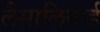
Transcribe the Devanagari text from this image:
लैसालियाई